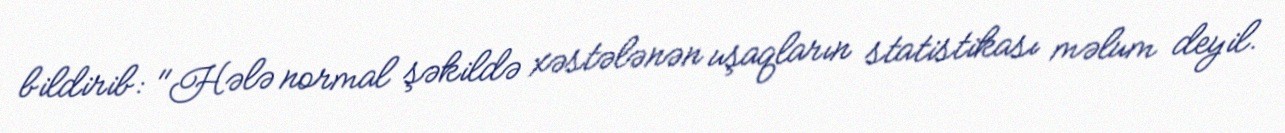
bildirib: "Hələ normal şəkildə xəstələnən uşaqların statistikası məlum deyil.